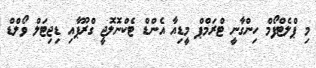
މި ޕްލެޓްފޯމް ހިންގާނީ ޓްރަމްޕް މީޑިއާ އެންޑް ޓެކްނޮލޮޖީ ގްރޫޕާއި ޑިޖިޓަލް ވޯލްޑް